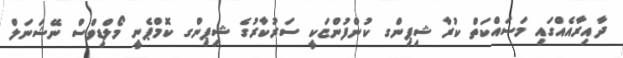
ދާއިރާއެއްގައި މަސައްކަތް ކުރާ ޝިޕިންގ ކުންފުންޏަކީ ސަރުކާރުގެ ޝިޕިންގ ކޮމްޕެނީ މޯލްޑިވްސް ނޭޝަނަލް